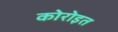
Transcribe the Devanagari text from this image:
कोरोइत